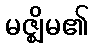
မဇ္ဈိမ၏